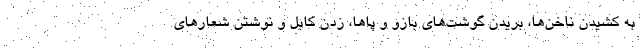
به کشیدن ناخن‌ها، بریدن گوشت‌های بازو و پاها، زدن کابل و نوشتن شعارهای